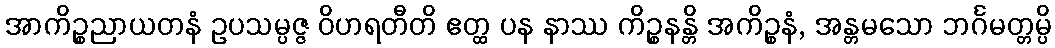
အာကိဉ္စညာယတနံ ဥပသမ္ပဇ္ဇ ဝိဟရတီတိ ဧတ္ထ ပန နာဿ ကိဉ္စနန္တိ အကိဉ္စနံ, အန္တမသော ဘင်္ဂမတ္တမ္ပိ